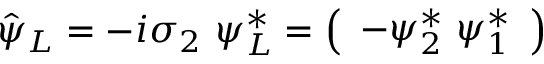
\hat { \psi } _ { L } = - i \sigma _ { 2 } ~ \psi _ { L } ^ { \ast } = \left( \begin{array} { c } { { - \psi _ { 2 } ^ { \ast } \ \psi _ { 1 } ^ { \ast } } } \end{array} \right)